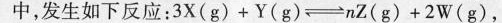
中，发生如下反应：$$3 X ( g ) + Y ( g ) \rightleftharpoons n Z ( g ) +2 W ( g )$$，